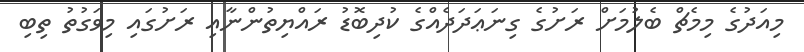
މިއަދުގެ މިމެޗް ބެލުމަށް ރަށުގެ ގިނަޢަދަދެއްގެ ކުދިބޮޑު ރައްޔިތުންނާއި ރަށުގައި މިވަގުތު ތިބި